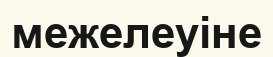
межелеуіне